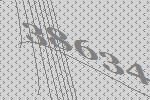
38634